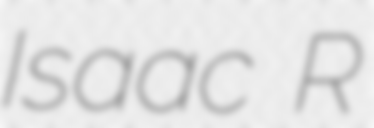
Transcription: Isaac R